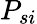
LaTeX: P_{si}